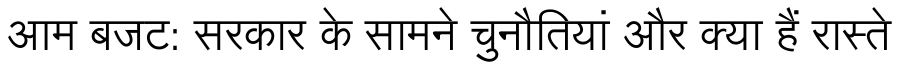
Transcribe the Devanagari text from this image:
आम बजट: सरकार के सामने चुनौतियां और क्या हैं रास्ते